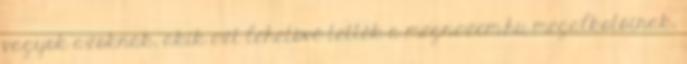
vagyok azoknak, akik ezt lehetõvé tették a megnezem.hu megalkotóinak,